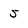
Character: 5